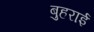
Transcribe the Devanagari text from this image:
बुहराई